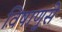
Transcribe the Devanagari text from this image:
विषाणुसे